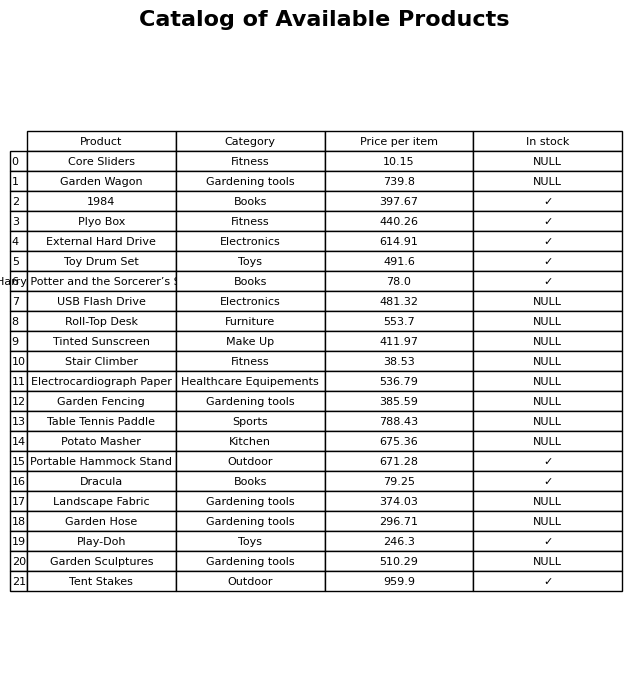
question: What is the price for Garden Fencing?
answer: The price of Garden Fencing is 385.59.